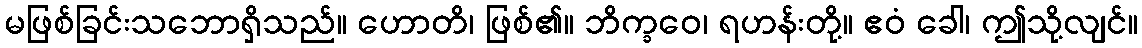
မဖြစ်ခြင်းသဘောရှိသည်။ ဟောတိ၊ ဖြစ်၏။ ဘိက္ခဝေ၊ ရဟန်းတို့။ ဧဝံ ခေါ၊ ဤသို့လျင်။